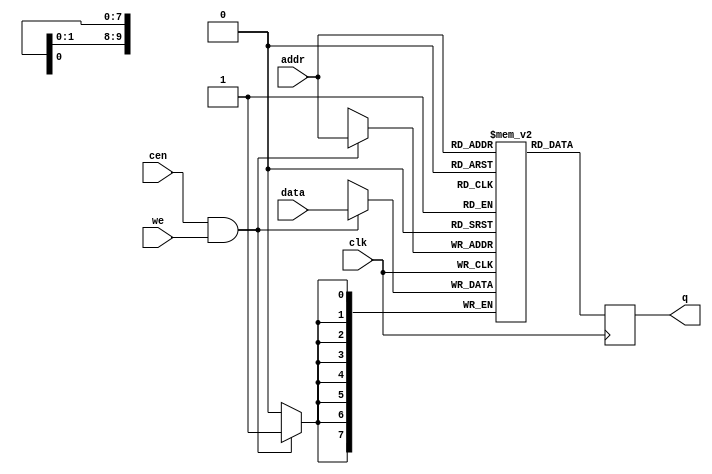
/*  This file is part of JTFRAME.
    JTFRAME program is free software: you can redistribute it and/or modify
    it under the terms of the GNU General Public License as published by
    the Free Software Foundation, either version 3 of the License, or
    (at your option) any later version.

    JTFRAME program is distributed in the hope that it will be useful,
    but WITHOUT ANY WARRANTY; without even the implied warranty of
    MERCHANTABILITY or FITNESS FOR A PARTICULAR PURPOSE.  See the
    GNU General Public License for more details.

    You should have received a copy of the GNU General Public License
    along with JTFRAME.  If not, see <http://www.gnu.org/licenses/>.

    Author: Jose Tejada Gomez. Twitter: @topapate
    Version: 1.0
    Date: 27-10-2017 */

// Generic RAM with clock enable
// parameters:
//      DW      => Data bit width, 8 for byte-based memories
//      AW      => Address bit width, 10 for 1kB
//      SIMFILE => binary file to load during simulation
//      SIMHEXFILE => hexadecimal file to load during simulation
//      SYNFILE => hexadecimal file to load for synthesis
//      CEN_RD  => Use clock enable for reading too, by default it is used
//                 only for writting.


module jtframe_ram #(parameter DW=8, AW=10,
        SIMFILE="", SIMHEXFILE="",
        SYNFILE="", SYNBINFILE="",
        VERBOSE=0,          // set to 1 to display memory writes to screen
        VERBOSE_OFFSET=0,   // value added to the address when displaying
        CEN_RD=0
)(
    input   clk,
    input   cen /* direct_enable */,
    input   [DW-1:0] data,
    input   [AW-1:0] addr,
    input   we,
    output reg [DW-1:0] q
);

(* ramstyle = "no_rw_check" *) reg [DW-1:0] mem[0:(2**AW)-1];

`ifdef SIMULATION
generate
    if( VERBOSE==1 ) begin
        reg [AW-1:0] al;
        reg [DW-1:0] dl;
        reg          wel;
        always @(posedge clk) begin
            al  <= addr;
            dl  <= data;
            wel <= we;
            if( al!=addr || dl!=data || wel!=we ) begin
                if(we) $display("%m %0X=%X", { {32-AW{1'b0}}, addr}+VERBOSE_OFFSET,data);
            end
        end
    end
endgenerate
`endif

`ifdef SIMULATION
integer f, readcnt;
initial
if( SIMFILE != 0 ) begin
    f=$fopen(SIMFILE,"rb");
    if( f != 0 ) begin
        readcnt=$fread( mem, f );
        $display("INFO: Read %14s (%4d bytes) for %m",SIMFILE, readcnt);
        $fclose(f);
    end else begin
        $display("WARNING: %m cannot open file: %s", SIMFILE);
    end
end else begin
    if( SIMHEXFILE != 0 ) begin
        $readmemh(SIMHEXFILE,mem);
        $display("INFO: Read %14s (hex) for %m", SIMHEXFILE);
    end else begin
        if( SYNFILE != 0 ) begin
            $readmemh(SYNFILE,mem);
            $display("INFO: Read %14s for %m", SYNFILE);
        end else
            for( readcnt=0; readcnt<(2**AW)-1; readcnt=readcnt+1 )
                mem[readcnt] = {DW{1'b0}};
    end
end
`else
// file for synthesis:
initial if(SYNFILE!=0 )$readmemh(SYNFILE,mem);
initial if(SYNBINFILE!=0 )$readmemb(SYNBINFILE,mem);
`endif

always @(posedge clk) begin
    if( !CEN_RD || cen ) q <= mem[addr];
    if( cen && we) mem[addr] <= data;
end

endmodule